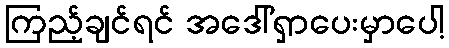
ကြည့်ချင်ရင် အဒေါ်ရှာပေးမှာပေါ့